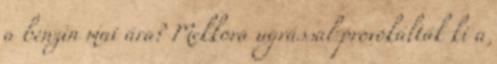
a benzin mai ára? Mekkora ugrással provokálták ki a